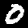
Digit: 0